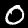
Label: 0